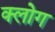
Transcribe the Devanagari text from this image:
क्लोग